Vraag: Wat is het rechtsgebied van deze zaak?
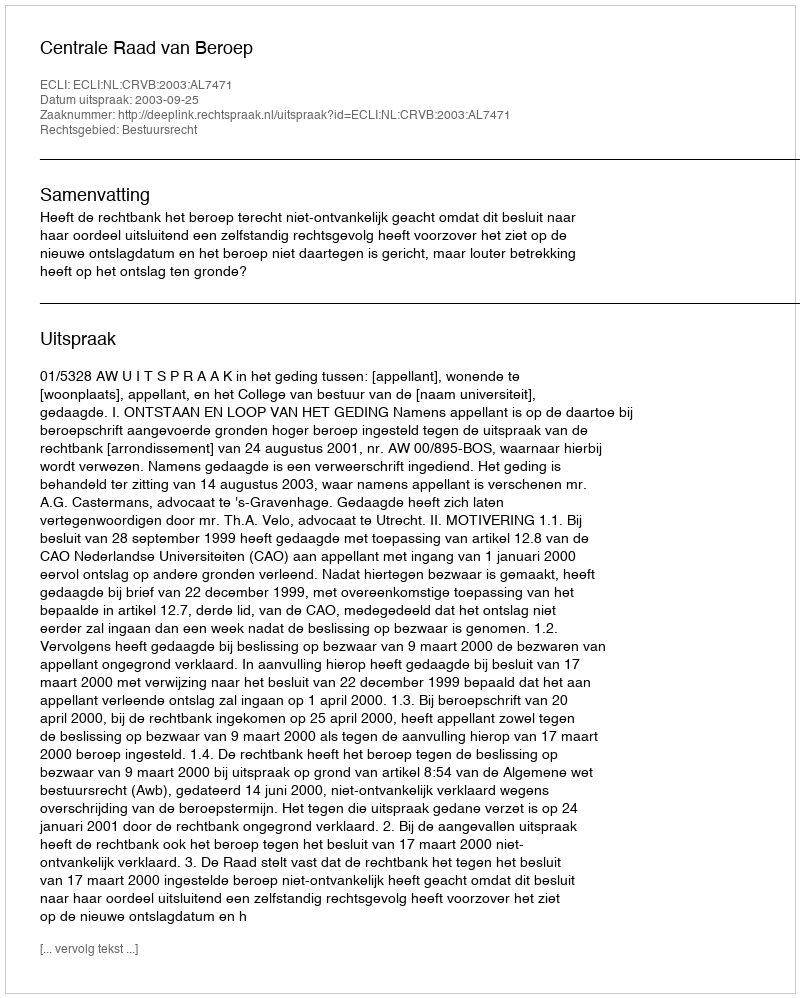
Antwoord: Bestuursrecht